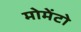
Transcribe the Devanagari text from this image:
मोमेंटो